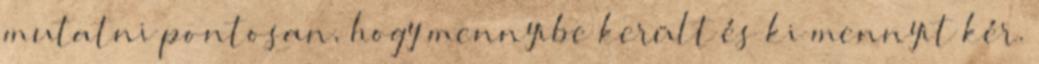
mutatni pontosan, hogy mennyibe került és ki mennyit kér.